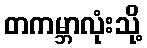
တကမ္ဘာလုံးသို့